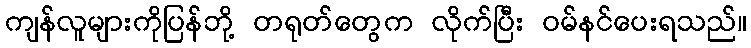
ကျန်လူများကိုပြန်ဘို့ တရုတ်တွေက လိုက်ပြီး ဝမ်နင်ပေးရသည်။